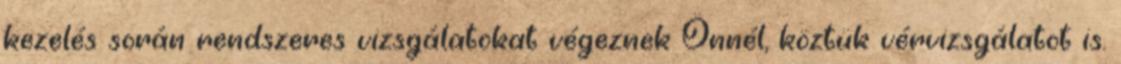
kezelés során rendszeres vizsgálatokat végeznek Önnél, köztük vérvizsgálatot is.